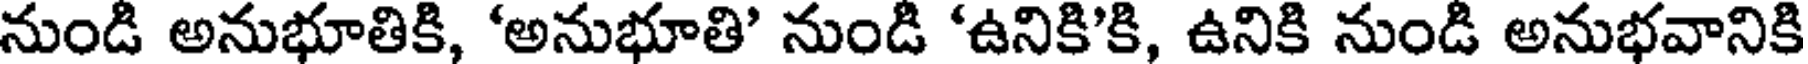
నుండి అనుభూతికి, 'అనుభూతి' నుండి 'ఉనికి'కి, ఉనికి నుండి అనుభవానికి